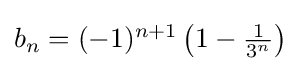
{\textstyle b_{n}=(-1)^{n+1}\left(1-{\frac {1}{3^{n}}}\right)}